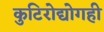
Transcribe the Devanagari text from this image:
कुटिरोद्योगही